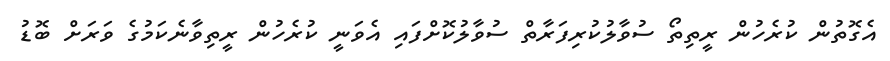
އެގޮތުން ކުރެހުން ރީތިތޯ ސުވާލުކުރިފަރާތް ސުވާލުކޮށްފައި އެވަނީ ކުރެހުން ރީތިވާނެކަމުގެ ވަރަށް ބޮޑު